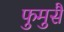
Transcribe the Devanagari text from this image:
फुमुसै